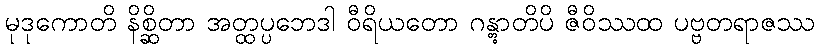
မုဒုကောတိ နိစ္ဆိတာ အတ္ထပ္ပဘေဒါ ဝီရိယတော ဂန္တွာတိပိ ဇီဝိဿထ ပဗ္ဗတရာဇဿ